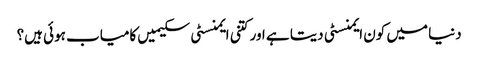
دنیا میں کون ایمنسٹی دیتا ہے اور کتنی ایمنسٹی سکیمیں کامیاب ہوئی ہیں؟